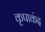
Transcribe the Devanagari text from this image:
कृपाकंद